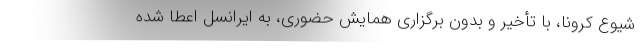
شیوع کرونا، با تأخیر و بدون برگزاری همایش حضوری، به ایرانسل اعطا شده